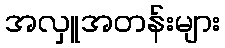
အလှူအတန်းများ